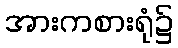
အားကစားရုံ၌